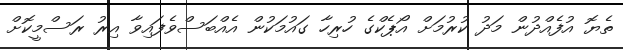
ތެޔޮ އުފެއްދުން މަދު ކުރުމަށް އޯޕެކްގެ ހުރިހާ ގައުމަކުން އެއްބަސްވެފައިވާ އިރު ރަސްމީކޮށް